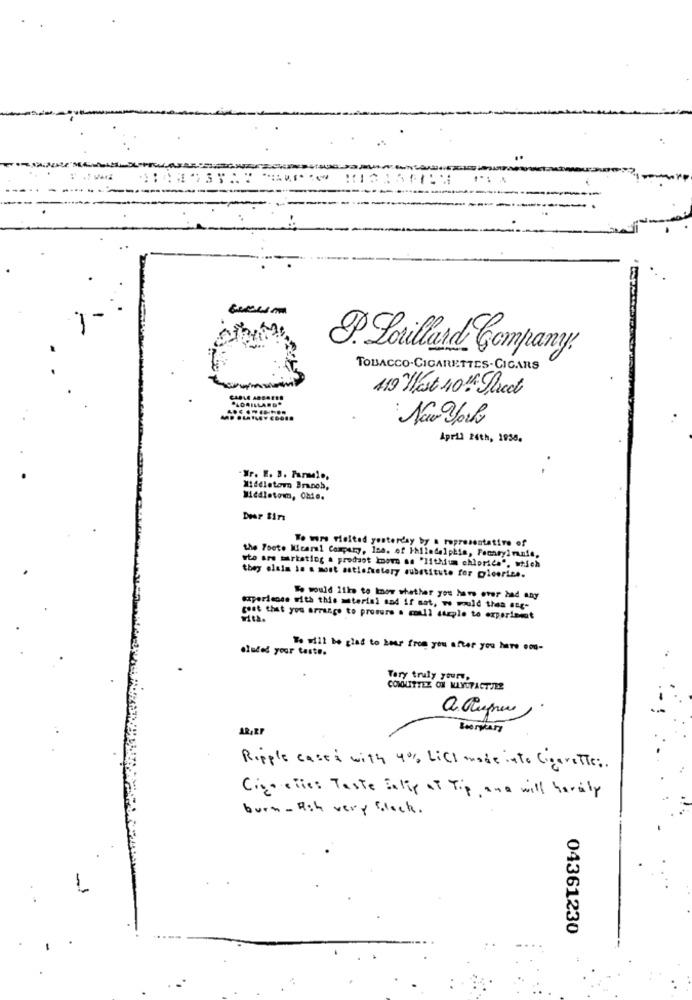
J. Lorillard Company.
TOBACCO-CIGARETTES-CIGARS
119 "Hast 10 th Street
New york
April 24th, 1938.
Nr. E. B. Panelo,
Middletown Branch,
Middletown, Chie.
Dur Bin
To wurs Mieited yesterday by a representative of
the Foot. Micaral Company, Ina. of Philadelphia, Pensylmnie,
sto are marketing a product known as 'lithium chloride", utsch
they olsia in a most astleftetery substitute for piceriee.
would 11ks to know whether you have ever had any
experience with this miterisi and if sat, w would then ing-
cost that you arrange to prosure . coll steple to experiment
eluded your taste.
To will be glad to hear from you after you here ooo-
Tary truly yours.
CONQUITTEZ ON MAYCFACTIES
12, EF
Boorvary
Ripple cases with 4% LiCI made into Cigarette ;.
Ciao elles Taste fully of Tip, and will bevaly
burn- Hsh very black.
-
04361230